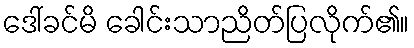
ဒေါ်ခင်မိ ခေါင်းသာညိတ်ပြလိုက်၏။